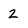
Character: 2